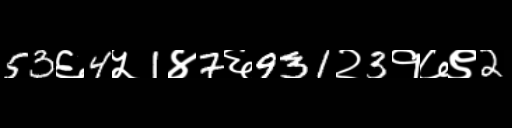
Text: 53६4५1४7६931२3१७९2